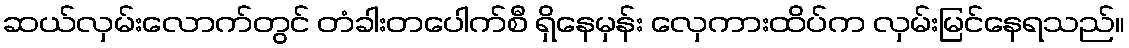
ဆယ်လှမ်းလောက်တွင် တံခါးတပေါက်စီ ရှိနေမှန်း လှေကားထိပ်က လှမ်းမြင်နေရသည်။